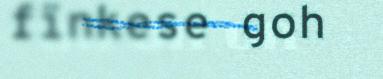
fïnkese goh